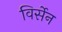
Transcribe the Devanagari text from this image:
विर्सेन